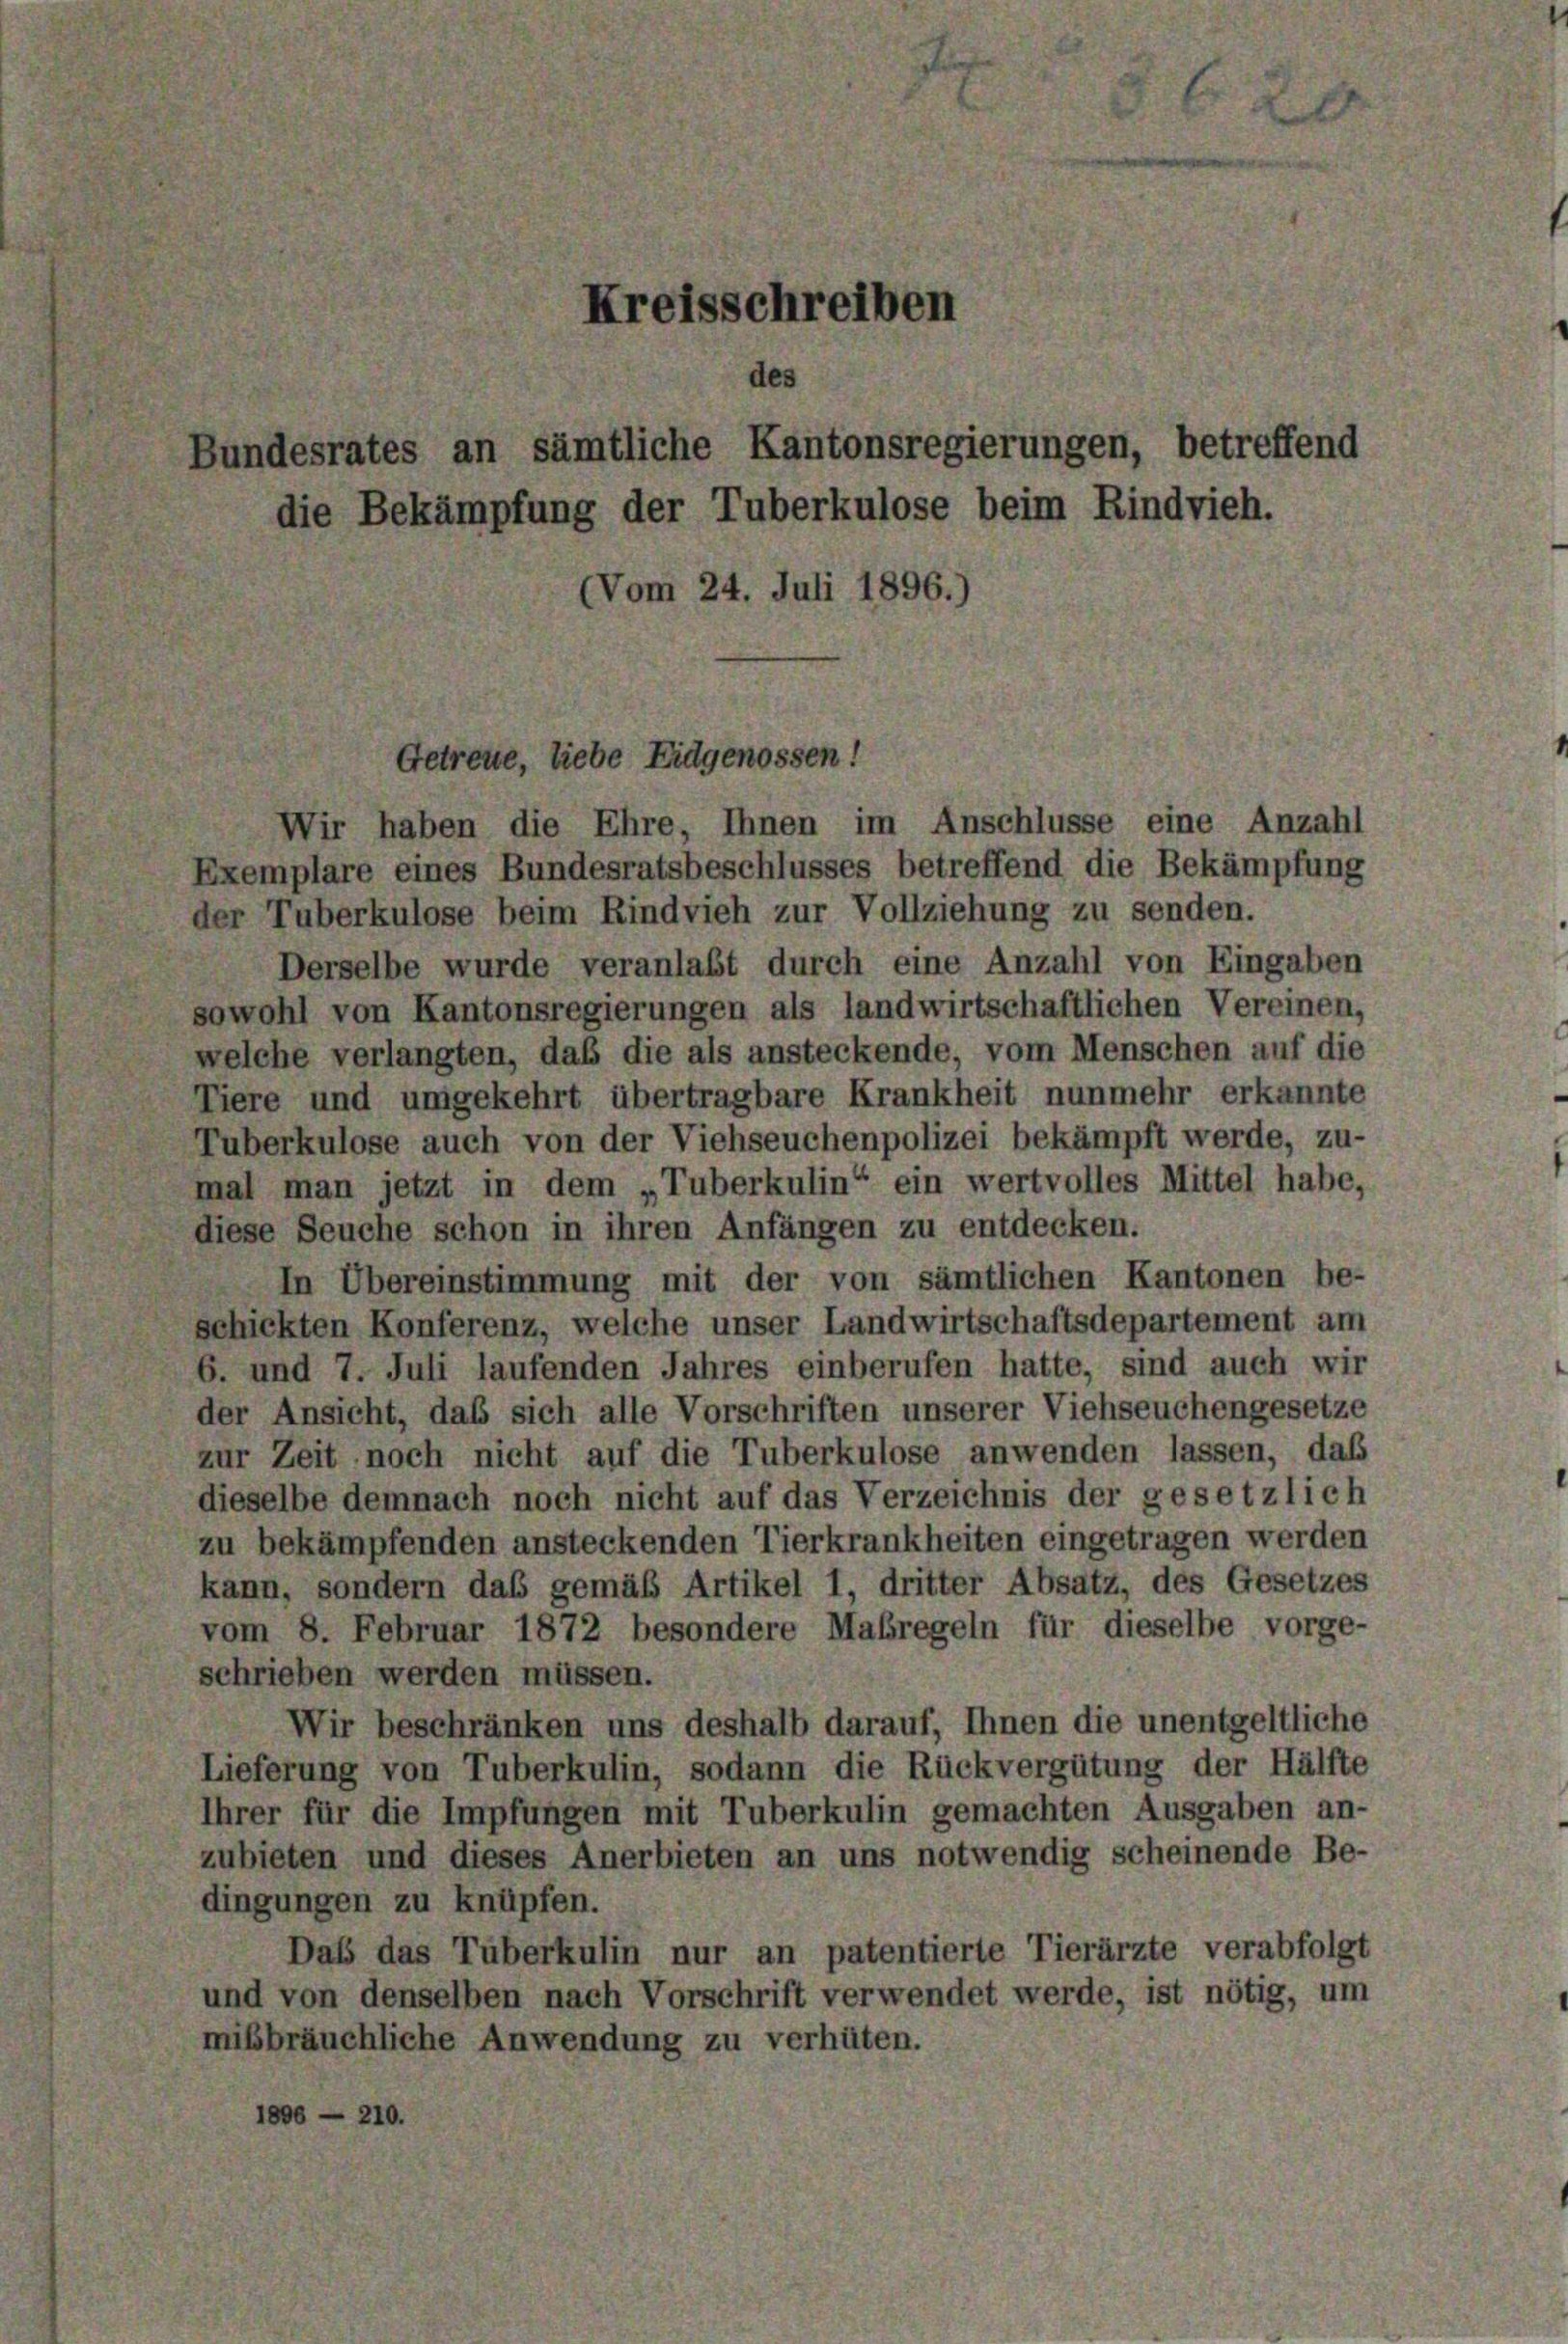
Kreisschreiben
des
Bundesrates an sämtliche Kantonsregierungen, betreffend
die Bekämpfung der Tuberkulose beim Rindvieh.
(Vom 24. Juli 1896.)

Getreue, liebe Eidgenossen!

Wir haben die Ehre, Ihnen im Anschlüsse eine Anzahl
Exemplare eines Bundesratsbeschlusses betreffend die Bekämpfung
ler Tuberkulose beim Rindvieh zur Vollziehung zu senden.
Derselbe wurde veranlaßt durch eine Anzahl von Eingaben
sowohl von Kantonsregierungen als landwirtschaftlichen Vereinen,
welche verlangten, daß die als ansteckende, vom Menschen auf die
Tiere und umgekehrt übertragbare Krankheit nunmehr erkannte
Tuberkulose auch von der Viehseuchenpolizei bekämpft werde, zu-
mal man jetzt in dem „Tuberkulin“ ein wertvolles Mittel habe,
diese Seuche schon in ihren Anfängen zu entdecken.
In Übereinstimmung mit der von sämtlichen Kantonen be-
schickten Konferenz, welche unser Landwirtschaftsdepartement am
6. und 7. Juli laufenden Jahres einberufen hatte, sind auch wir
der Ansicht, daß sich alle Vorschriften unserer Viehseuchengesetze
zur Zeit noch nicht auf die Tuberkulose anwenden lassen, daß
dieselbe demnach noch nicht auf das Verzeichnis der gesetzlich
zu bekämpfenden ansteckenden Tierkrankheiten eingetragen werden
kann, sondern das gemäß Artikel 1, dritter Absatz, des Gesetzes
vom 8. Februar 1872 besondere Maßregeln für dieselbe vorge-
schrieben werden müssen.
Wir beschränken uns deshalb darauf, Ihnen die unentgeltliche
Lieferung von Tuberkulin, sodann die Rückvergütung der Hälfte
Ihrer für die Impfungen mit Tuberkulin gemachten Ausgaben an-
zubieten und dieses Anerbieten an uns notwendig scheinende Be-
dingungen zu knüpfen.
Daß das Tuberkulin nur an patentierte Tierärzte verabfolgt
und von denselben nach Vorschrift verwendet werde, ist nötig, um
mißbräuchliche Anwendung zu verhüten.
1806 — 210.